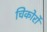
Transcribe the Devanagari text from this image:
चिकोर्रो